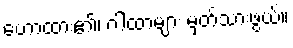
ဟောထား၏၊ ဂါထာများ မှတ်သားဖွယ်။